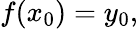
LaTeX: f(x_{0})=y_{0},